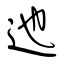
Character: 迆